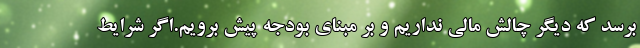
برسد که دیگر چالش مالی نداریم و بر مبنای بودجه پیش برویم.اگر شرایط